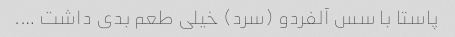
پاستا با سس آلفردو (سرد) خیلی طعم بدی داشت ….